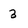
Character: 3